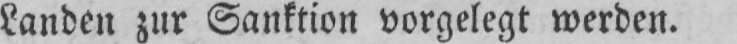
Landen zur Sanktion vorgelegt werden.